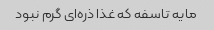
مایه تاسفه که غذا ذره‌ای گرم نبود